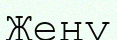
Жеңу